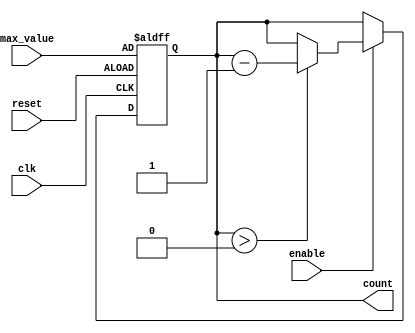
module decremental_counter (
    input wire clk,                // Clock signal
    input wire reset,              // Asynchronous reset signal
    input wire enable,             // Enable signal for counting
    input wire [7:0] max_value,    // Configurable maximum value (8-bit for example)
    output reg [7:0] count         // Current count value (8-bit)
);

// Initial value of count
initial begin
    count = 8'b0; // Initialize count to 0
end

// Always block for synchronous operations
always @(posedge clk or posedge reset) begin
    if (reset) begin
        // Reset the count to max_value
        count <= max_value;
    end else if (enable) begin
        // Decrement the count if it is greater than 0
        if (count > 0) begin
            count <= count - 1;
        end
        // If count is 0, it remains 0 (handled implicitly)
    end
end

endmodule